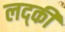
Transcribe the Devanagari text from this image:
लद्की